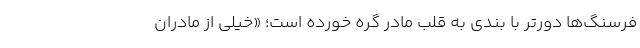
فرسنگ‌ها دورتر با بندی به قلب مادر گره خورده است؛ «خیلی از مادران